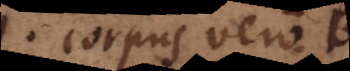
corpus vero B